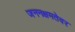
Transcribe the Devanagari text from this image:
जननक्षमतेवर